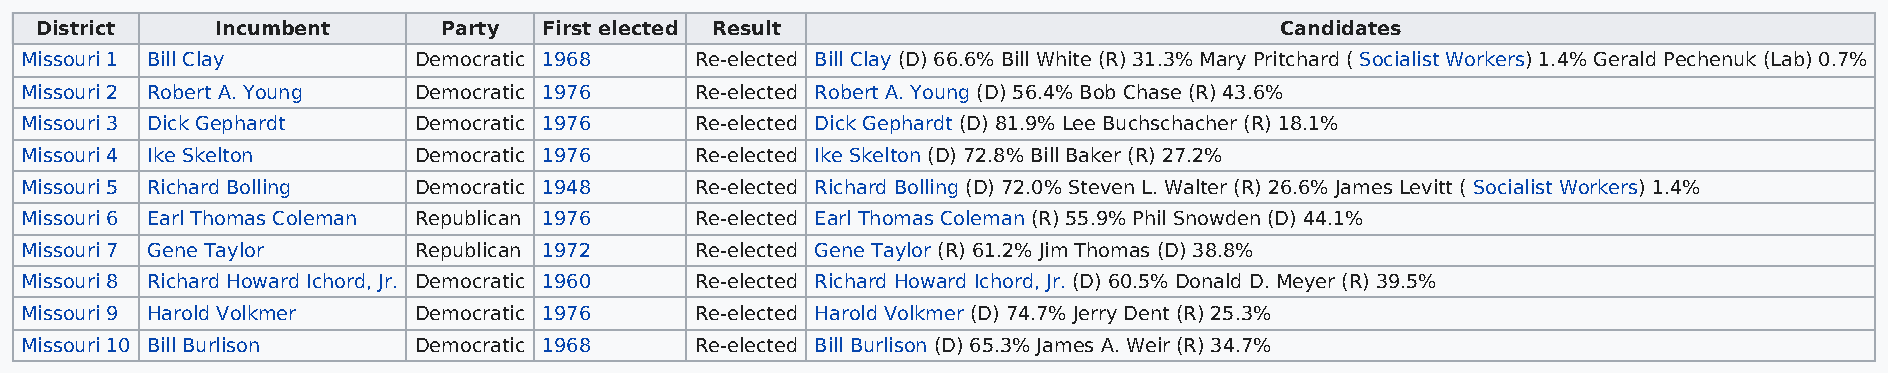
District    Incumbent      Party  First elected Result                             Candidates
 Missouri 1 Bill Clay      Democratic 1968    Re-elected Bill Clay (D) 66.6% Bill White (R) 31.3% Mary Pritchard ( Socialist Workers) 1.4% Gerald Pechenuk (Lab) 0.7%
 Missouri 2 Robert A. Young Democratic 1976   Re-elected Robert A. Young (D) 56.4% Bob Chase (R) 43.6%
 Missouri 3 Dick Gephardt  Democratic 1976    Re-elected Dick Gephardt (D) 81.9% Lee Buchschacher (R) 18.1%
 Missouri 4 Ike Skelton    Democratic 1976    Re-elected Ike Skelton (D) 72.8% Bill Baker (R) 27.2%
 Missouri 5 Richard Bolling Democratic 1948   Re-elected Richard Bolling (D) 72.0% Steven L. Walter (R) 26.6% James Levitt ( Socialist Workers) 1.4%
 Missouri 6 Earl Thomas Coleman Republican 1976 Re-elected Earl Thomas Coleman (R) 55.9% Phil Snowden (D) 44.1%
 Missouri 7 Gene Taylor    Republican 1972    Re-elected Gene Taylor (R) 61.2% Jim Thomas (D) 38.8%
 Missouri 8 Richard Howard Ichord, Jr. Democratic 1960 Re-elected Richard Howard Ichord, Jr. (D) 60.5% Donald D. Meyer (R) 39.5%
 Missouri 9 Harold Volkmer Democratic 1976    Re-elected Harold Volkmer (D) 74.7% Jerry Dent (R) 25.3%
 Missouri 10 Bill Burlison Democratic 1968    Re-elected Bill Burlison (D) 65.3% James A. Weir (R) 34.7%